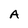
Character: A